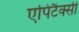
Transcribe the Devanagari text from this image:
एपिटैक्सी